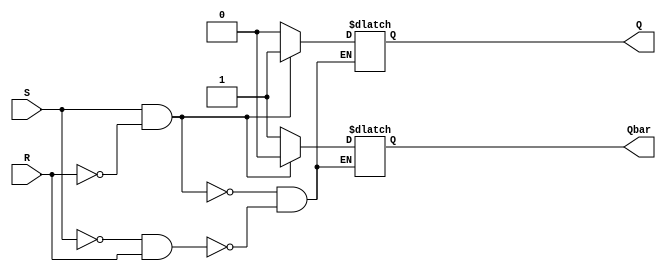
module sr_latch (
    input S,
    input R,
    output reg Q,
    output reg Qbar
);

always @ (S or R)
begin
    if (S & ~R)         // Set condition
    begin
        Q <= 1;
        Qbar <= 0;
    end
    else if (~S & R)    // Reset condition
    begin
        Q <= 0;
        Qbar <= 1;
    end
    else                // Hold condition
    begin
        Q <= Q;
        Qbar <= Qbar;
    end
end

endmodule